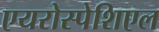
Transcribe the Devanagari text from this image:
एयरोस्पेशिएल